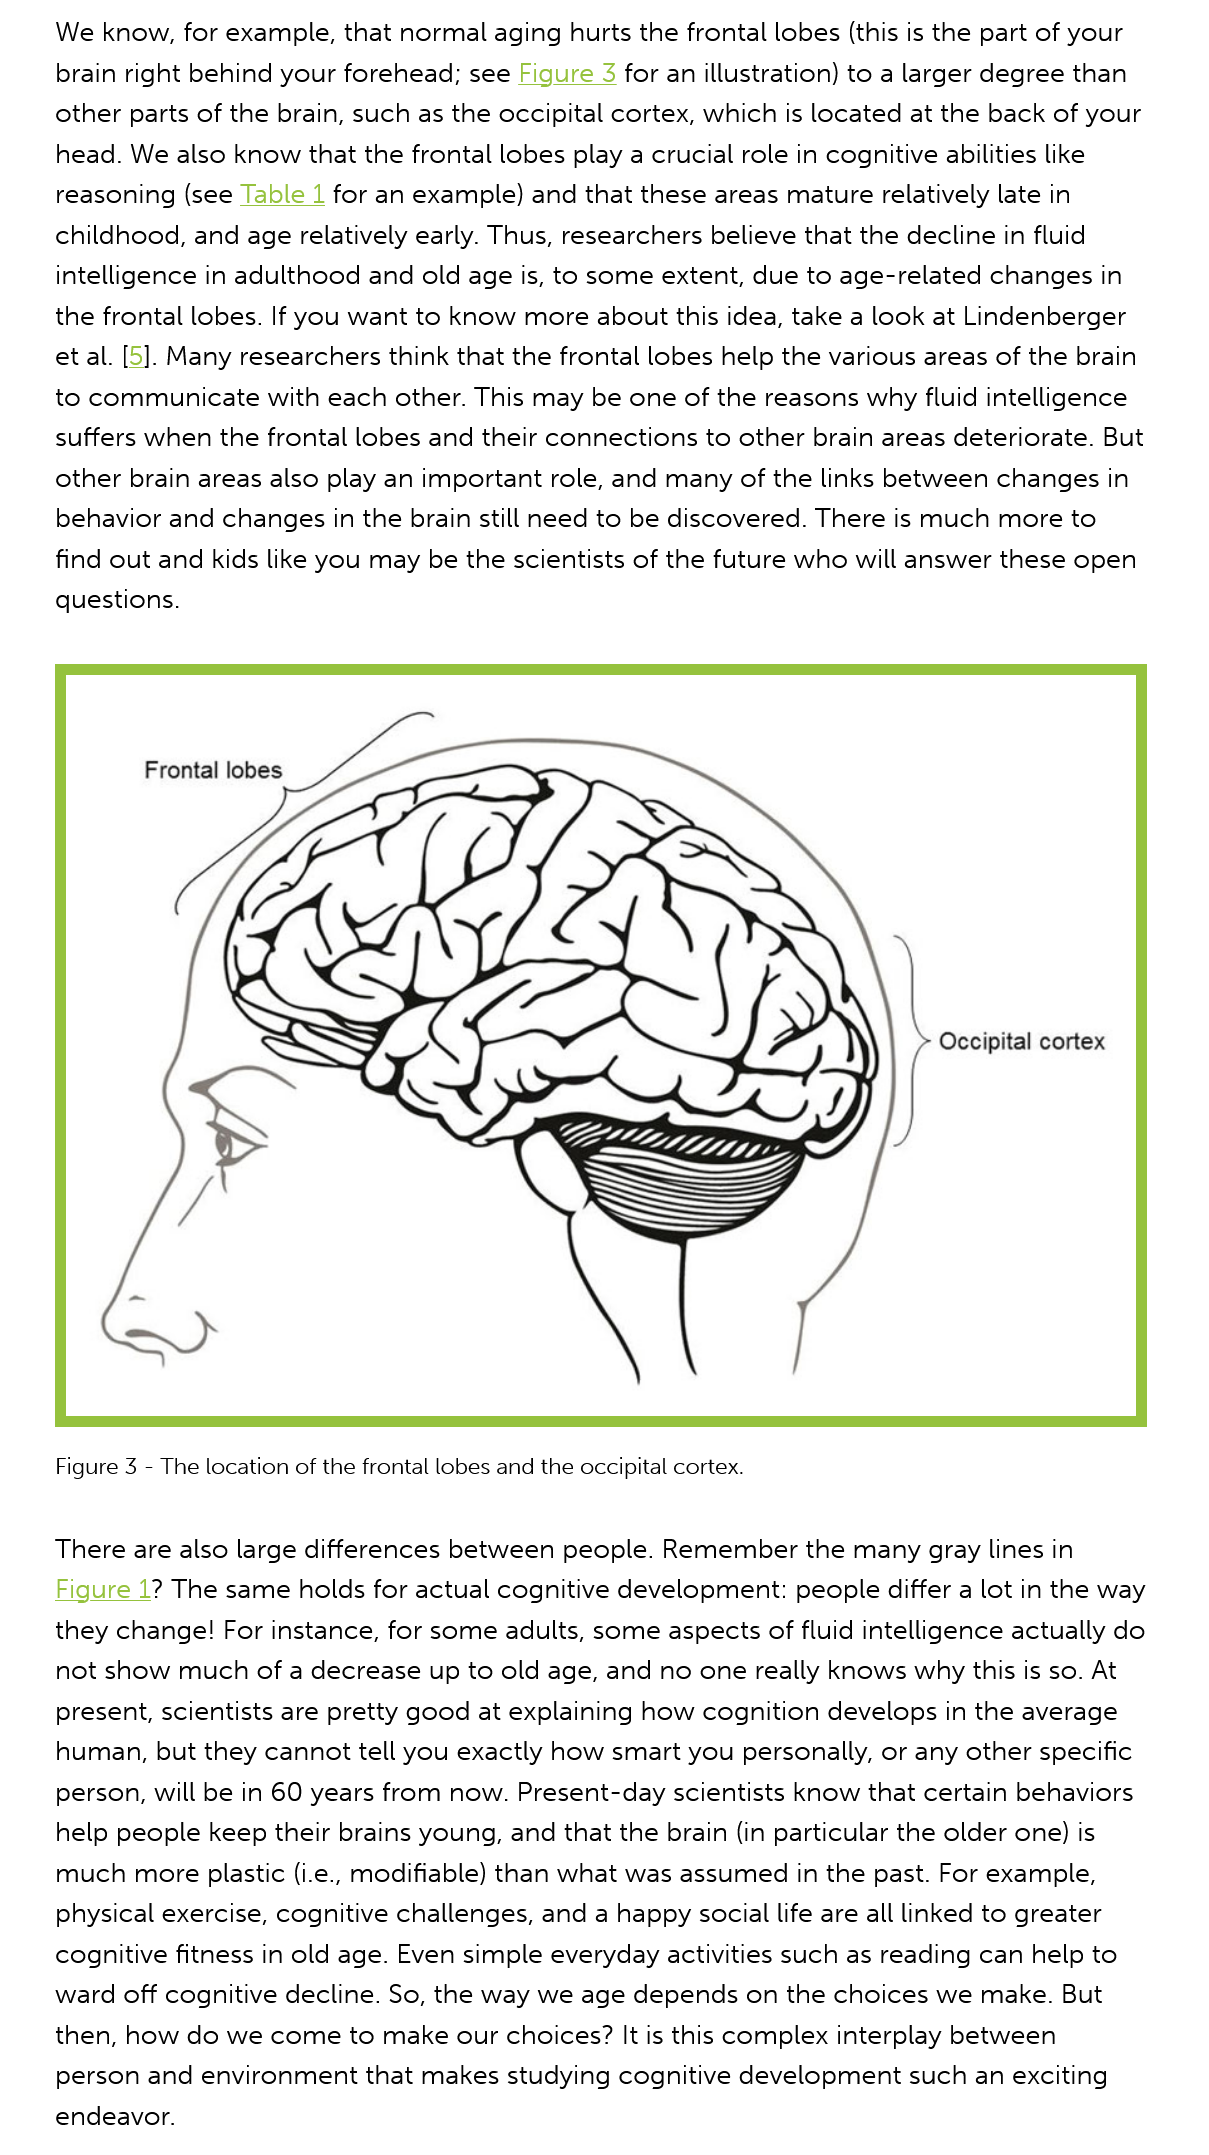
We know, for example, that normal aging hurts the frontal lobes (this is the part of your
     brain right behind your forehead; see Figure
    3
     for an illustration) to a larger degree than
     other parts of the brain, such as the occipital cortex, which is located at the back of your
     head. We also know that the frontal lobes play a crucial role in cognitive abilities like
     reasoning (see [able 1 for an example) and that these areas mature relatively late in
     childhood, and age relatively early. Thus, researchers believe that the decline in fluid
     intelligence in adulthood and old age is, to some extent, due to age-related changes in
     the frontal lobes. If you want to know more about this idea, take a look at Lindenberger
     et al. [5]. Many researchers think that the frontal lobes help the various areas of the brain
     to communicate with each other. This may be one of the reasons why fluid intelligence
     suffers when the frontal lobes and their connections to other brain areas deteriorate. But
     other brain areas also play an important role, and many of the links between changes in
     behavior and changes in the brain still need to be discovered. There is much more to
     find out and kids like you may be the scientists of the future who will answer these open
     questions.

     Occipital cortex
     Frontal lobes
     ey
     SS
     5
     S    Ga
     Y
     Sey
     /    SS

     Figure 3
     -
     The location of the frontal lobes and the occipital cortex.
     There are also large differences between people. Remember the many gray lines in
     Figure 1? The same holds for actual cognitive development: people differ a lot in the way
     they change! For instance, for some adults, some aspects of fluid intelligence actually do
     not show much of a decrease up to old age, and no one really knows why this is so. At
     present, scientists are pretty good at explaining how cognition develops in the average
     human, but they cannot tell you exactly how smart you personally, or any other specific
     person, will be in 60 years from now. Present-day scientists know that certain behaviors
     help people keep their brains young, and that the brain (in particular the older one) is
     much  more plastic (i.e., modifiable) than what was assumed in the past. For example,
     physical exercise, cognitive challenges, and a happy social life are all linked to greater
     cognitive fitness in old age. Even simple everyday activities such as reading can help to
     ward off cognitive decline. So, the way we age depends on the choices we make. But
     then, how do we come to make our choices? It is this complex interplay between

     person and environment that makes studying cognitive development such an exciting
     endeavor.